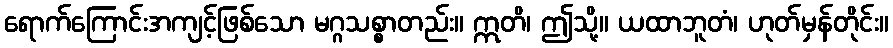
ရောက်ကြောင်းအကျင့်ဖြစ်သော မဂ္ဂသစ္စာတည်း။ ဣတိ၊ ဤသို့။ ယထာဘူတံ၊ ဟုတ်မှန်တိုင်း။